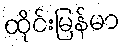
ထိုင်းမြန်မာ